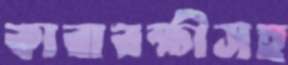
কারারক্ষীসহ